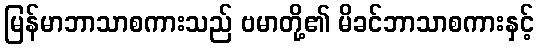
မြန်မာဘာသာစကားသည် ဗမာတို့၏ မိခင်ဘာသာစကားနှင့်